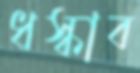
ধস্‌কাব